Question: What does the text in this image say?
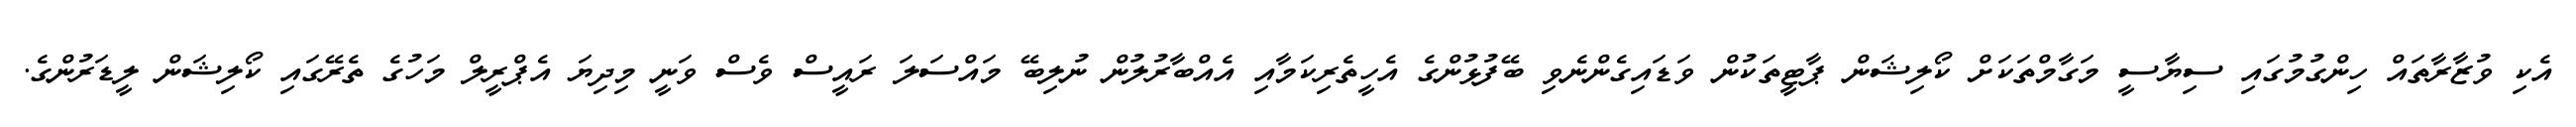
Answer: އެކި ވުޒާރާތައް ހިންގުމުގައި ސިޔާސީ މަގާމްތަކަށް ކޯލިޝަން ޕާޓީތަކުން ވަޑައިގެންނެވި ބޭފުޅުންގެ އެހީތެރިކަމާއި އެއްބާރުލުން ނުލިބޭ މައްސަލަ ރައީސް ވެސް ވަނީ މިދިޔަ އެޕްރީލް މަހުގެ ތެރޭގައި ކޯލިޝަން ލީޑަރުންގެ.